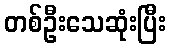
တစ်ဦးသေဆုံးပြီး